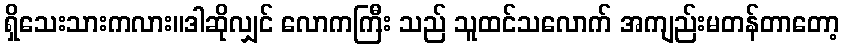
ရှိသေးသားကလား။ဒါဆိုလျှင် လောကကြီး သည် သူထင်သလောက် အကျည်းမတန်တာတော့